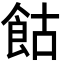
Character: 𩚩